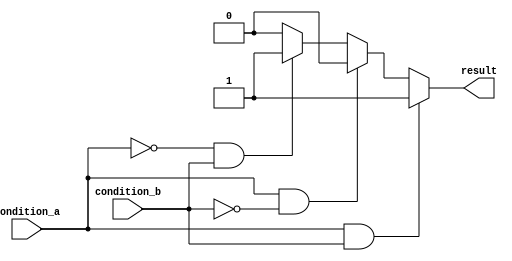
module multiple_if_else_example (
    input wire condition_a,
    input wire condition_b,
    output reg result
);

always @* begin
    if (condition_a && condition_b) begin
        result <= 1;
    end
    else if (condition_a && !condition_b) begin
        result <= 2;
    end
    else if (!condition_a && condition_b) begin
        result <= 3;
    end
    else begin
        result <= 4;
    end
end

endmodule